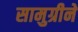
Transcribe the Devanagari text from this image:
सामुग्रीने